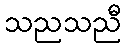
သညသညီ